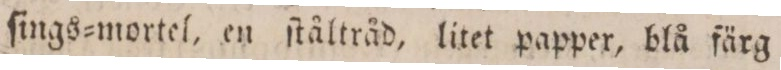
ſings=mortel, en ſtåltråd, litet papper, blå färg